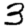
Digit: 3